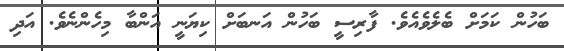
ބަހުން ކަމަށް ބެލެވެއެވެ. ފާރިސީ ބަހުން އަނބަށް ކިޔަނީ އަންބާ މިހެންނެވެ. އަދި